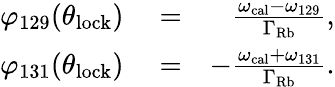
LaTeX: \begin{array}{rlr}{\varphi_{129}(\theta_{\mathrm{lock}})}&{{}=}&{\frac{\omega_{\mathrm{cal}}-\omega_{129}}{\Gamma_{\mathrm{Rb}}},}\\ {\varphi_{131}(\theta_{\mathrm{lock}})}&{{}=}&{-\frac{\omega_{\mathrm{cal}}+\omega_{131}}{\Gamma_{\mathrm{Rb}}}.}\end{array}